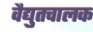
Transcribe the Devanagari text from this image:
वैद्युतचालक